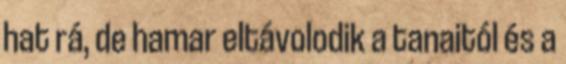
hat rá, de hamar eltávolodik a tanaitól és a